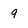
Character: 9